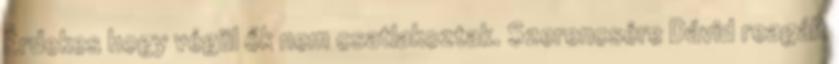
Érdekes hogy végül ők nem csatlakoztak. Szerencsére Dávid reagált